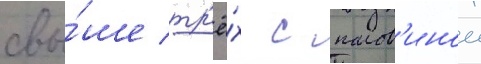
свы́ше тр'ё́х с полов'инои